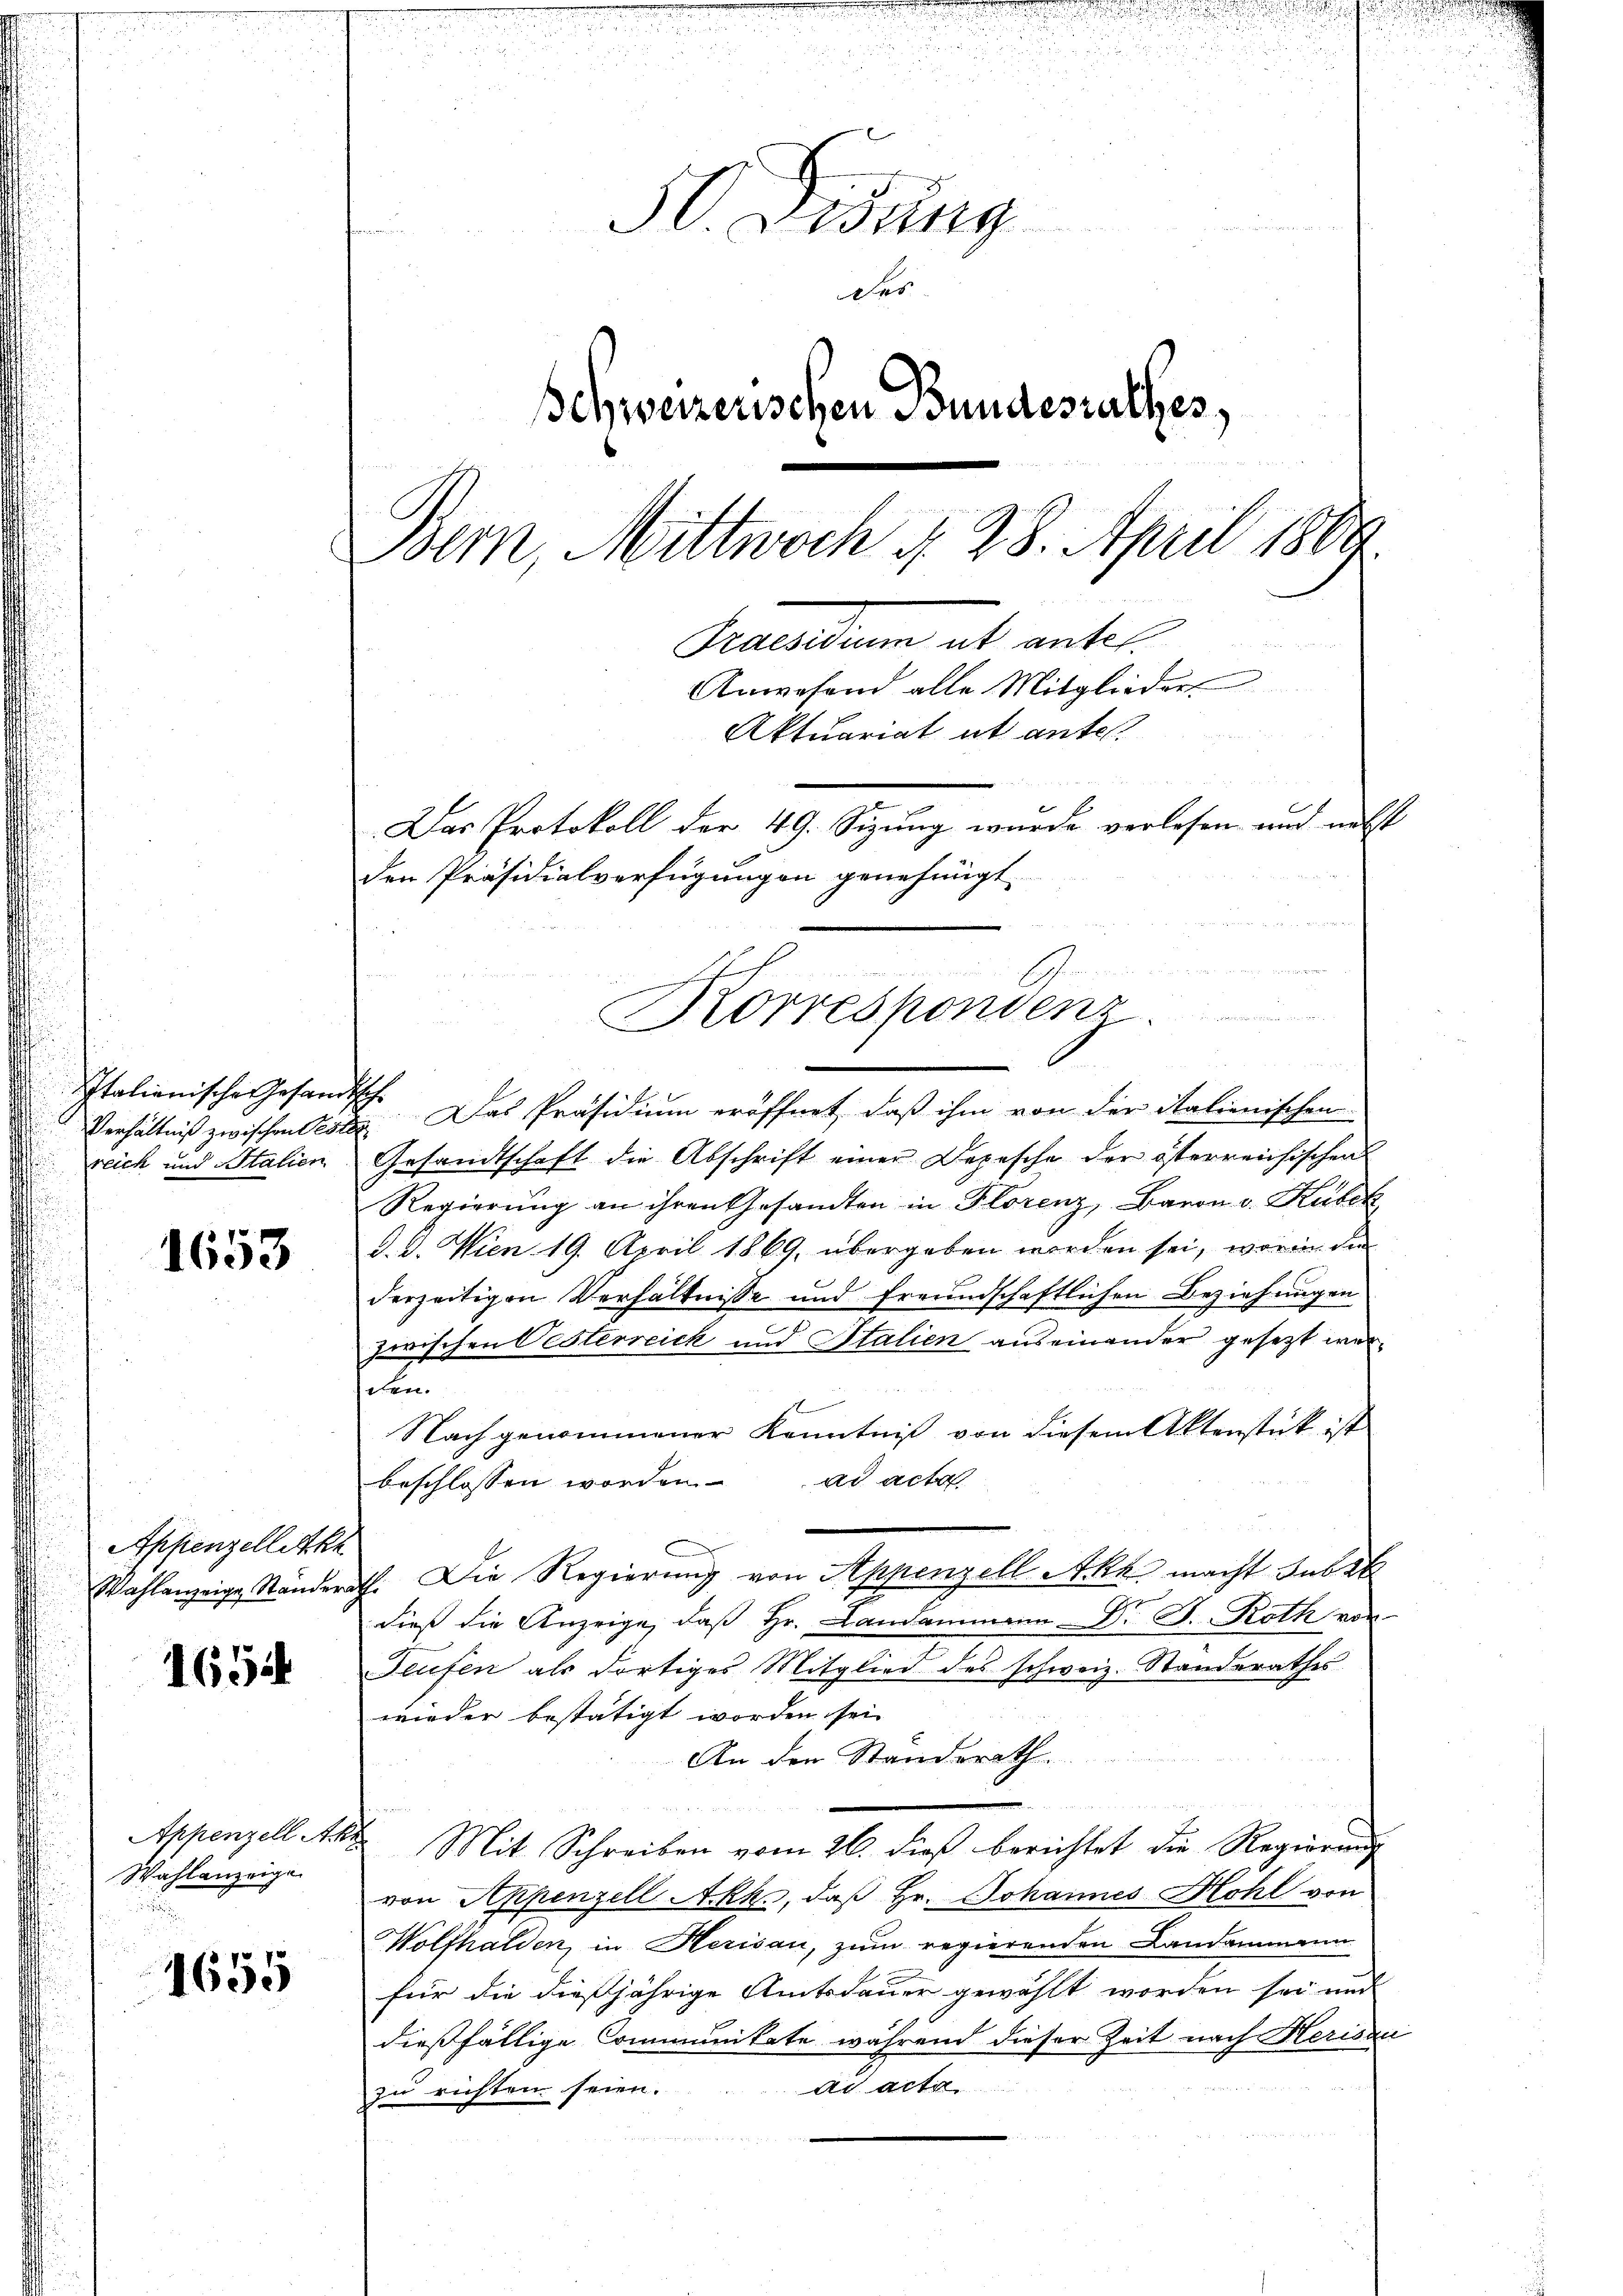
Verhältniß zwischen Pesta
reich und Italien
n

1653

Appenzellette

1654

Wahlanzeige
i

1655

H. Lisung
des
Schweizerischen Bundesrathes,
Bern, Mittwoch N. 28. April 1809
Scandum als unter
Anwesend alle Mitglieder
Aktuariat et ante
Das Protokoll der 49. Sizung wurde verlesen und nebst
den Präsidialverfügungen genehmigt

Korresponden
u

Italienische Gesandtsch. Das Präsidium eröffnet, daß ihm von der italienischen
Gesandtschaft die Abschrift einer Depesche der österreichischen
Regierung an ihren Gesandten in Florenz, Baron v. Kubik
d. 9. Wien 19. April 1869, übergeben worden sei, worin die
derzeitigen Verhältnisse und freundschaftlichen Beziehungen
zwischen Oesterreich und Stalien auseinander gesetzt werden.
Nach genommener Kenntniß von diesem Aktenstück ist
beschlossen worden. ad acta
Wahlanzeige Ständerath. Die Regierung von Appenzell Akk macht subit
dieß die Anzeige, daß Hr. Landammann Dr. G. Roth von
Teufen als dortiges Mitglied des schweiz. Standerathes
wieder bestätigt worden sei.
An den Standsrath
Appenzell A. Mit Schreiben vom 26. dieß berichtet die Regierung
von Appenzell Akk., daß Hr. Johannes Hohl von
Wolfhalden, in Herisau, zum regierenden Landammann
für die dießjährige Amtsdauer gewählt worden sei und
dießfällige Communikate während dieser Zeit nach Herisau
ad acta
zu richten seien.